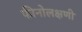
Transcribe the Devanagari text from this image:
फीनोलक्षणी